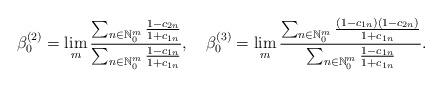
LaTeX: \begin{align*}\beta^{(2)}_0=\lim_m\frac{\sum_{n\in {\mathbb N}^m_0}\frac{1-c_{2n}}{1+c_{1n}}}{\sum_{n\in {\mathbb N}^m_0}\frac{1-c_{1n}}{1+c_{1n}}},\quad\beta^{(3)}_0=\lim_m\frac{\sum_{n\in {\mathbb N}^m_0}\frac{(1-c_{1n})(1-c_{2n})}{1+c_{1n}}}{\sum_{n\in {\mathbb N}^m_0}\frac{1-c_{1n}}{1+c_{1n}}}.\end{align*}